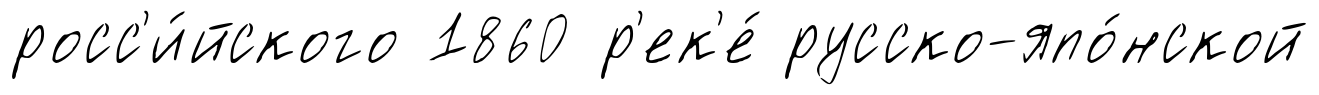
росс'и́йского 1860 р'ек'е́ русско-япо́нской